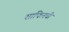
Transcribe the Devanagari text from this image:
साफिनची